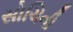
સોચિની